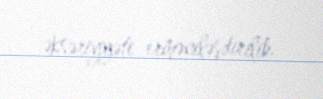
əksəriyyəti erməniləşdirilib.